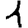
Digit: 1